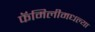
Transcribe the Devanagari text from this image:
फॅमिलीमधल्या